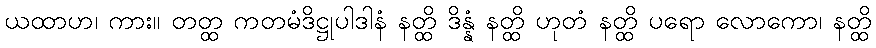
ယထာဟ၊ ကား။ တတ္ထ ကတမံဒိဋ္ဌုပါဒါနံ နတ္ထိ ဒိန္နံ နတ္ထိ ဟုတံ နတ္ထိ ပရော လောကော၊ နတ္ထိ